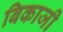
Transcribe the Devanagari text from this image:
बिकाजी